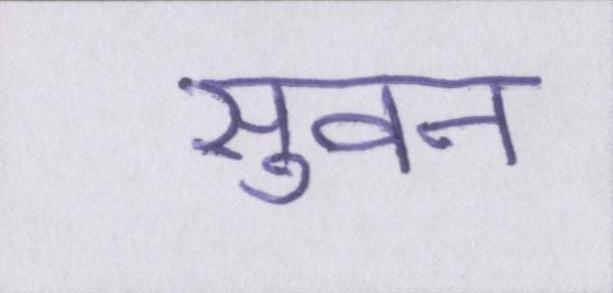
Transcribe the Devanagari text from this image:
सुवन